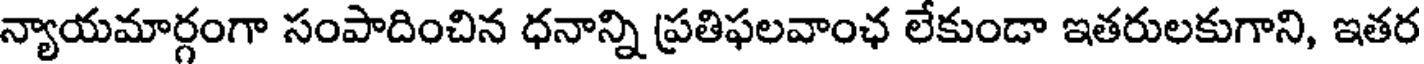
న్యాయమార్గంగా సంపాదించిన ధనాన్ని ప్రతిఫలవాంఛ లేకుండా ఇతరులకుగాని, ఇతర